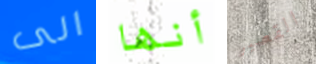
الى أنها القصير